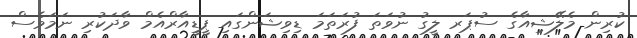
ކުރިން މެލޭޝިއާގެ ސުޕަރ ލީގު ނުވަތަ ފުރަތަމަ ޑިވިޝަންގައި ޕީޑީއާރްއެމް ވާދަކުރި ނަމަވެސް